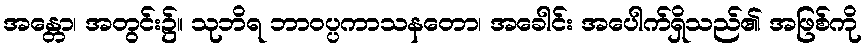
အန္တော၊ အတွင်း၌။ သုဘိရ ဘာဝပ္ပကာသနတော၊ အခေါင်း အပေါက်ရှိသည်၏ အဖြစ်ကို